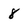
Character: 8